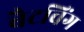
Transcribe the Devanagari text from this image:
बैटविंग